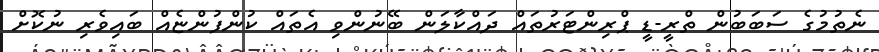
ނެތުމުގެ ސަބަބުން ތްރީ-ޑީ ޕްރިންޓަރުތައް ދައްކާލަން ބޭނުންވި އެތައް ކުންފުންޏެއް ބައިވެރި ނުކޮށް